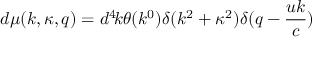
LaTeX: d \mu ( k , \kappa , q ) = d ^ { 4 } \! k \theta ( k ^ { 0 } ) \delta ( k ^ { 2 } + \kappa ^ { 2 } ) \delta ( q - \frac { u k } { c } )